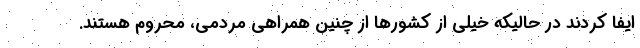
ایفا کردند در حالیکه خیلی از کشورها از چنین همراهی مردمی، محروم هستند.